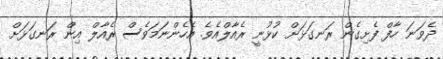
ދެވަނަ ހާފް ފެށިގެން ރަނގަޅަށް ކުޅުނީ ރެއާލްއެވެ. އެހެންނަމަވެސް ރެއާލް އިން ރަނގަޅަށް